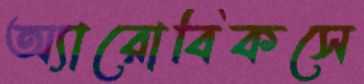
অ্যারোবিকসে